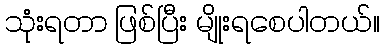
သုံးရတာ ဖြစ်ပြီး မျိုးရစေပါတယ်။